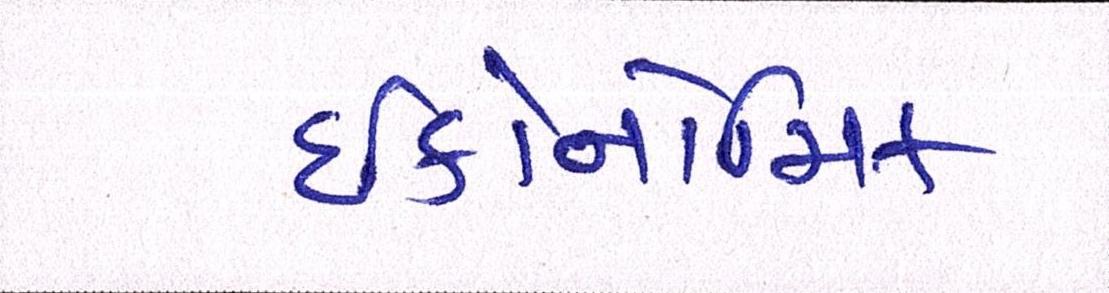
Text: ઈકોનોમિક